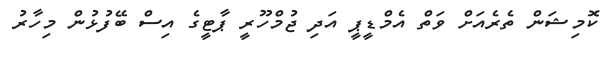
ކޮމިޝަން ތެރެއަށް ވަތް އެމްޑީޕީ އަދި ޖުމްހޫރީ ޕާޓީގެ އިސް ބޭފުޅުން މިހާރު